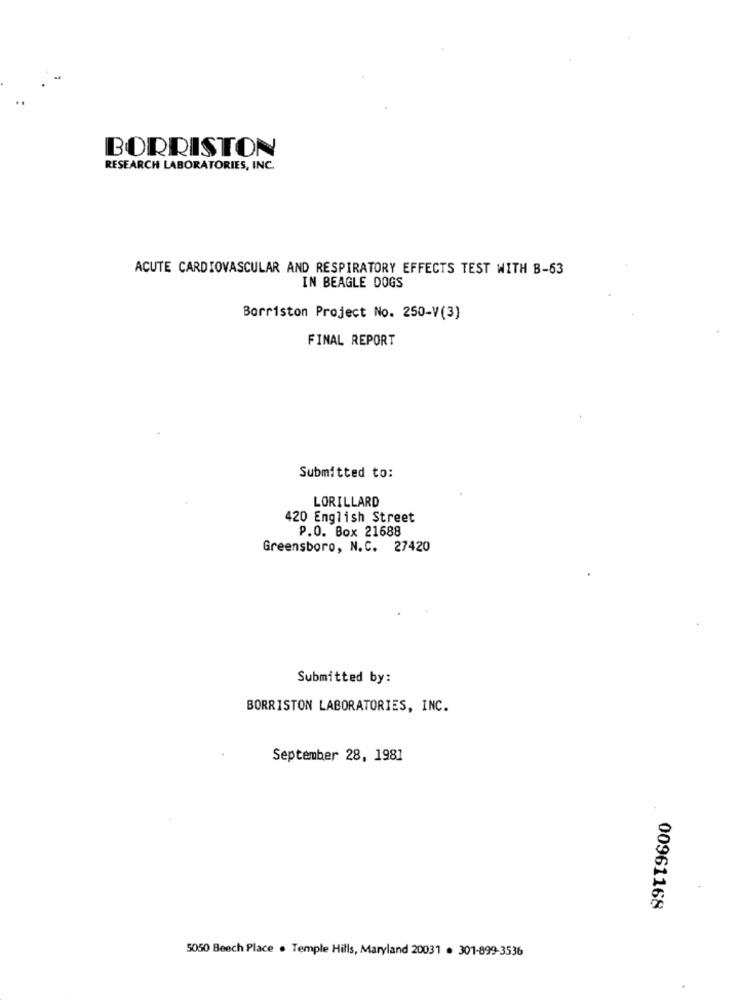
BORRISTON
RESEARCH LABORATORIES, INC.
ACUTE CARDIOVASCULAR AND RESPIRATORY EFFECTS TEST WITH B-63
IN BEAGLE DOGS
Borriston Project No. 250-V(3)
FINAL REPORT
Submitted to:
LORILLARD
420 English Street
P.O. Box 21688
Greensboro, N.C. 27420
Submitted by:
BORRISTON LABORATORIES, INC.
September 28, 1981
00961168
5050 Beech Place . Temple Hills, Maryland 20031 . 301-899-3536